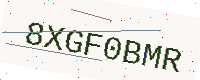
Text: 8XGF0BMR